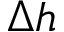
\Delta h